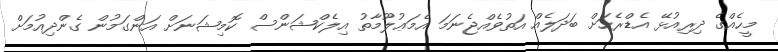
މީހެއްގެ ދިރިއުޅޭ އެޑްރެހަށް ބަދަލެއް އަތުވެއްޖެނަމަ އެމަޢުލޫމާތު އިލެކްޝަންސް ކޮމިޝަނަށް އަންގަމުން ގެންދިއުމަށް